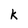
Character: k